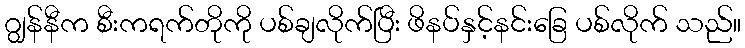
ဂျွန်နီက စီးကရက်တိုကို ပစ်ချလိုက်ပြီး ဖိနပ်နှင့်နင်းခြေ ပစ်လိုက် သည်။